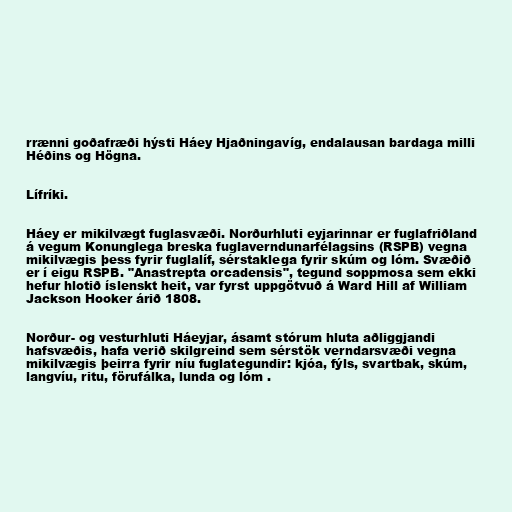
rrænni goðafræði hýsti Háey Hjaðningavíg, endalausan bardaga milli
Héðins og Högna.

Lífríki.

Háey er mikilvægt fuglasvæði. Norðurhluti eyjarinnar er fuglafriðland
á vegum Konunglega breska fuglaverndunarfélagsins (RSPB) vegna
mikilvægis þess fyrir fuglalíf, sérstaklega fyrir skúm og lóm. Svæðið
er í eigu RSPB. "Anastrepta orcadensis", tegund soppmosa sem ekki
hefur hlotið íslenskt heit, var fyrst uppgötvuð á Ward Hill af William
Jackson Hooker árið 1808.

Norður- og vesturhluti Háeyjar, ásamt stórum hluta aðliggjandi
hafsvæðis, hafa verið skilgreind sem sérstök verndarsvæði vegna
mikilvægis þeirra fyrir níu fuglategundir: kjóa, fýls, svartbak, skúm,
langvíu, ritu, förufálka, lunda og lóm .